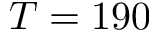
T = 1 9 0